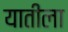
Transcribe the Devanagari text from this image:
यातीला